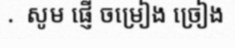
.  សូម ផ្ញើ ចម្រៀង ច្រៀង